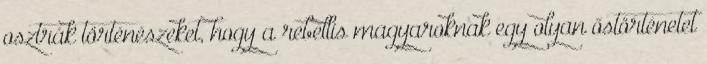
osztrák történészeket, hogy a rebellis magyaroknak egy olyan őstörténetet